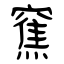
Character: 䆶